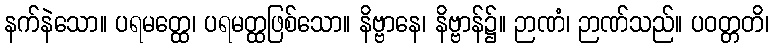
နက်နဲသော။ ပရမတ္ထေ၊ ပရမတ္ထဖြစ်သော။ နိဗ္ဗာနေ၊ နိဗ္ဗာန်၌။ ဉာဏံ၊ ဉာဏ်သည်။ ပဝတ္တတိ၊